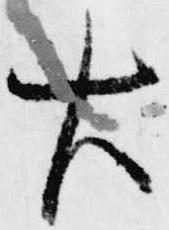
右